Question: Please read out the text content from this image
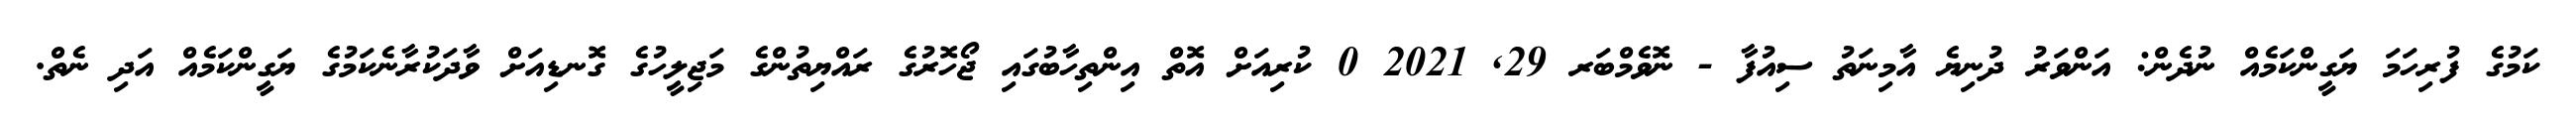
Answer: ކަމުގެ ފުރިހަމަ ޔަގީންކަމެއް ނުދެން: އަންވަރު ދުނިޔެ އާމިނަތު ސިއުފާ - ނޮވެމްބަރ 29, 2021 0 ކުރިއަށް އޮތް އިންތިހާބުގައި ޖޯހޮރުގެ ރައްޔިތުންގެ މަޖިލީހުގެ ގޮނޑިއަށް ވާދަކުރާނެކަމުގެ ޔަގީންކަމެއް އަދި ނެތް.